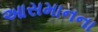
આસમાનના